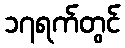
၁၇ရက်တွင်